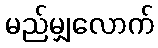
မည်မျှလောက်